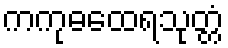
ကကုဓထေရသုတ္တံ